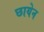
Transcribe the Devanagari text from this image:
छायेन